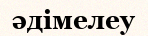
әдімелеу